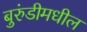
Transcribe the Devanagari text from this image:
बुरुंडीमधील